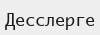
Десслерге